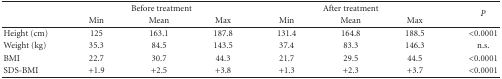
|  | <COLSPAN=3> Before treatment | <COLSPAN=3> After treatment | <ROWSPAN=2> P |
 |  | Min | Mean | Max | Min | Mean | Max |
 | --- | --- | --- | --- | --- | --- | --- | --- |
 | Height (cm) | 125 | 163.1 | 187.8 | 131.4 | 164.8 | 188.5 | <0.0001 |
 | Weight (kg) | 35.3 | 84.5 | 143.5 | 37.4 | 83.3 | 146.3 | n.s. |
 | BMI | 22.7 | 30.7 | 44.3 | 21.7 | 29.5 | 44.5 | <0.0001 |
 | SDS-BMI | +1.9 | +2.5 | +3.8 | +1.3 | +2.3 | +3.7 | <0.0001 |